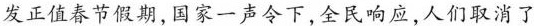
发正值春节假期，国家一声令下，全民响应，人们取消了